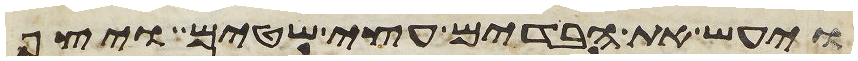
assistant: ויעש את הבדים עצי שטים ויצף